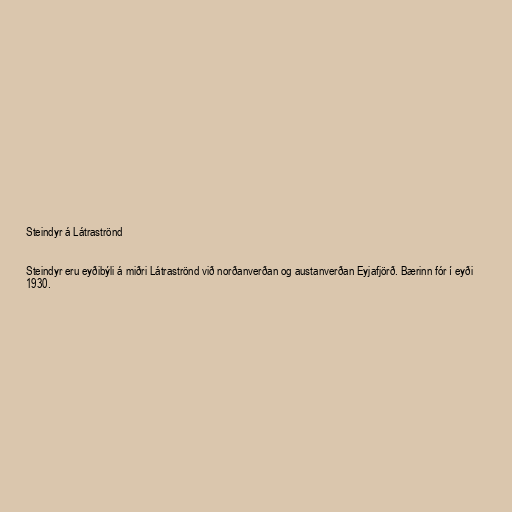
Steindyr á Látraströnd

Steindyr eru eyðibýli á miðri Látraströnd við norðanverðan og austanverðan Eyjafjörð. Bærinn fór í eyði
1930.